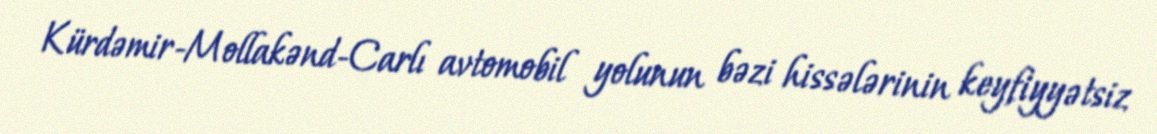
Kürdəmir-Mollakənd-Carlı avtomobil yolunun bəzi hissələrinin keyfiyyətsiz